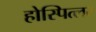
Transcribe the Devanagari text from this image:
होस्पित्लर